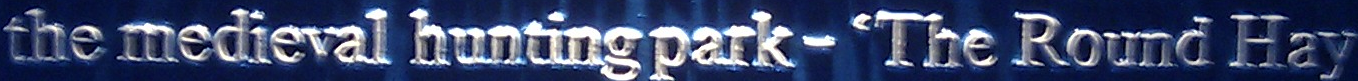
the medieval hunting park-'The Round Hay'